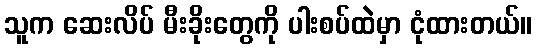
သူက ဆေးလိပ် မီးခိုးတွေကို ပါးစပ်ထဲမှာ ငုံထားတယ်။